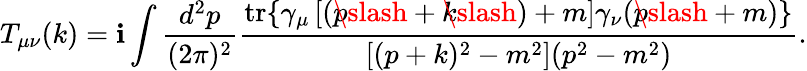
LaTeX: T_{\mu\nu}(k)=\mathbf{i}\int\frac{{d^{2}p}}{{(2\pi)^{2}}}\frac{{\mathrm{{tr}}\{ \gamma_{\mu}\left[(p\! \! \! \slash+k\! \! \! \slash)+m\right]\gamma_{\nu}(p\! \! \! \slash+m)\} }}{{\left[(p+k)^{2}-m^{2}\right](p^{2}-m^{2})}}.